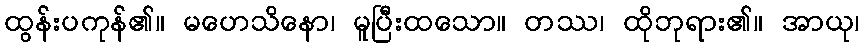
ထွန်းပကုန်၏။ မဟေသိနော၊ မူပြီးထသော။ တဿ၊ ထိုဘုရား၏။ အာယု၊